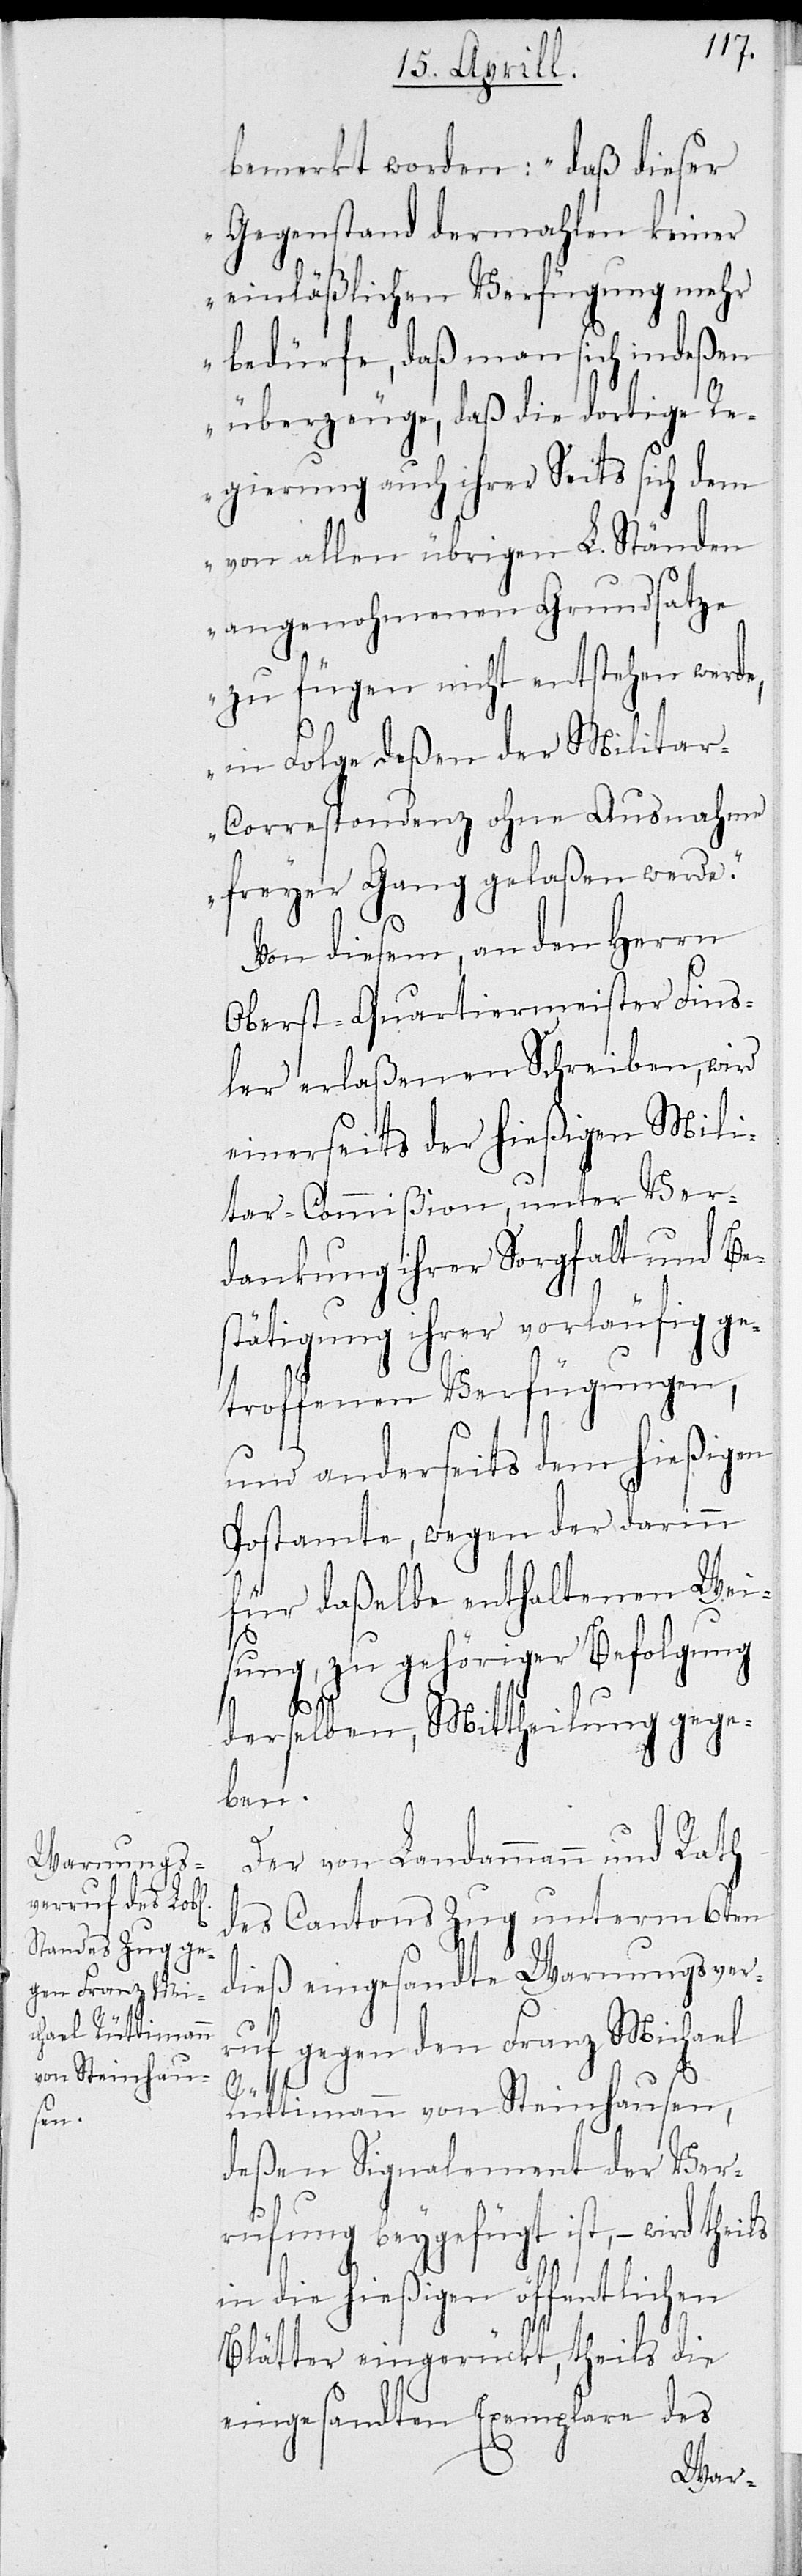
bemerkt worden: „daß dieser
Gegenstand dermahlen keiner
einläßlichen Verfügung mehr
bedürfe, daß man sich indeßen
überzeuge, daß die dortige R¬
egierung auch ihrer Seits sich dem
von allen übrigen Ständen
angenohmenen Grundsatze
zu fügen nicht entstehen werde,
in Folge deßen der Milita¬
r-Correspondenz ohne Ausnahme
freyer Gang gelaßen werde.“
Von diesem, an den Herr
Oberst-Quartiermeister Fins¬
ler erlaßenen Schreiben, wird
einerseits der hießigen Mili¬
tar-Commißion, unter Ver¬
dankung ihrer Sorgfalt und Be¬
stätigung ihrer vorläufig ge¬
troffenen Verfügungen,
und anderseits dem hießigen
Postamte, wegen der darinn
für daßelbe enthaltenen Wei¬
sung, zu gehöriger Befolgung
derselben, Mittheilung gege¬
ben.
Der von Landamman und Rath
des Cantons Zug unterm 6ten
dieß eingesandte Warnungsver¬
ruf gegen den Franz Michael
Rü¬
ttimann von Steinhausen,
deßen Signalement der Ver¬
rufung beygefügt ist, – wird theils
die hießigen öffentlichen
Blätter eingerückt, theils die
eingesandten Exemplare des